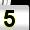
Digit: 5